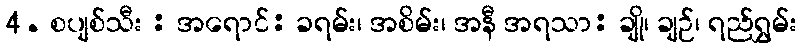
4. စပျစ်သီး : အရောင်: ခရမ်း၊ အစိမ်း၊ အနီ အရသာ: ချို၊ ချဉ်၊ ရည်ရွှမ်း